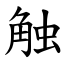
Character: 触